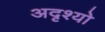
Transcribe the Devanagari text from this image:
अदृश्यो